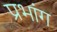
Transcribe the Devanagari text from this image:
प्रभांग